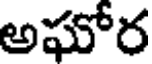
అఘోర